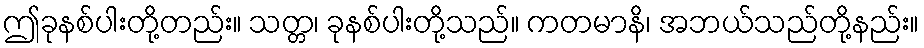
ဤခုနစ်ပါးတို့တည်း။ သတ္တ၊ ခုနစ်ပါးတို့သည်။ ကတမာနိ၊ အဘယ်သည်တို့နည်း။